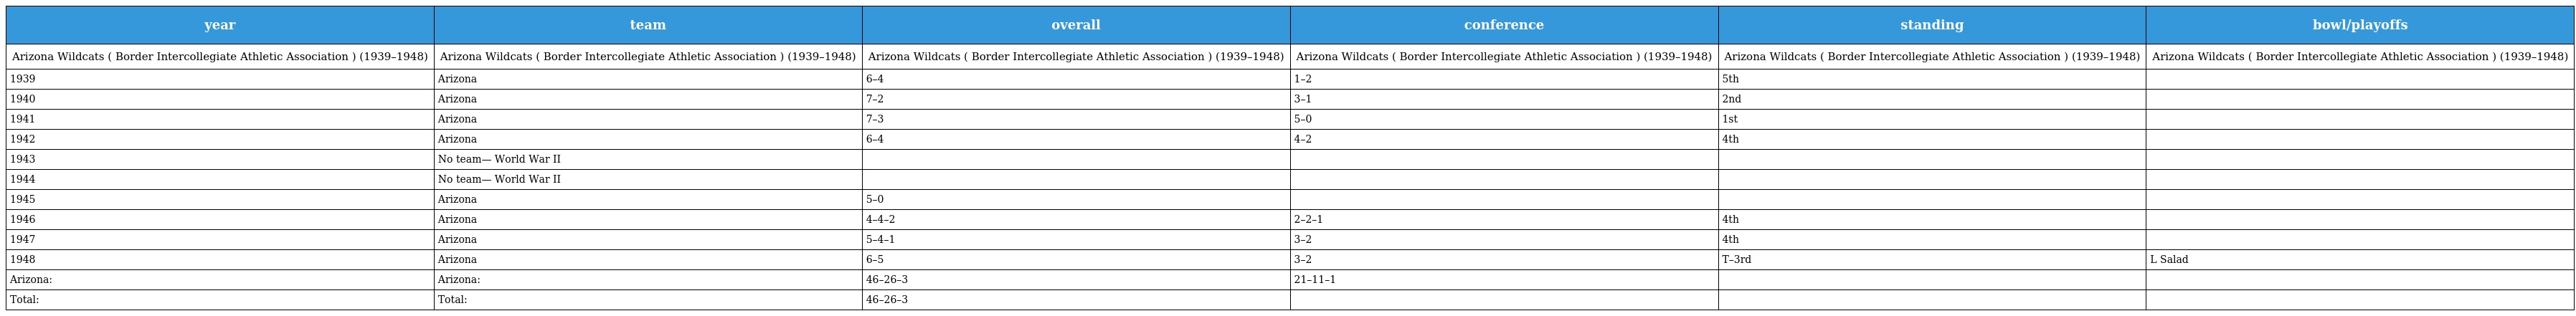
| year | team | overall | conference | standing | bowl/playoffs |
 | --- | --- | --- | --- | --- | --- |
 | Arizona Wildcats ( Border Intercollegiate Athletic Association ) (1939–1948) | Arizona Wildcats ( Border Intercollegiate Athletic Association ) (1939–1948) | Arizona Wildcats ( Border Intercollegiate Athletic Association ) (1939–1948) | Arizona Wildcats ( Border Intercollegiate Athletic Association ) (1939–1948) | Arizona Wildcats ( Border Intercollegiate Athletic Association ) (1939–1948) | Arizona Wildcats ( Border Intercollegiate Athletic Association ) (1939–1948) |
 | 1939 | Arizona | 6–4 | 1–2 | 5th |  |
 | 1940 | Arizona | 7–2 | 3–1 | 2nd |  |
 | 1941 | Arizona | 7–3 | 5–0 | 1st |  |
 | 1942 | Arizona | 6–4 | 4–2 | 4th |  |
 | 1943 | No team— World War II |  |  |  |  |
 | 1944 | No team— World War II |  |  |  |  |
 | 1945 | Arizona | 5–0 |  |  |  |
 | 1946 | Arizona | 4–4–2 | 2–2–1 | 4th |  |
 | 1947 | Arizona | 5–4–1 | 3–2 | 4th |  |
 | 1948 | Arizona | 6–5 | 3–2 | T–3rd | L Salad |
 | Arizona: | Arizona: | 46–26–3 | 21–11–1 |  |  |
 | Total: | Total: | 46–26–3 |  |  |  |